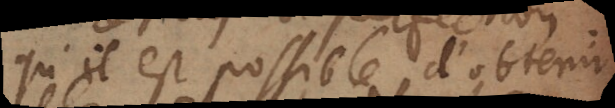
qu’il est possible d’obtenir